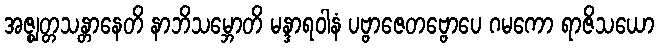
အဇ္ဈတ္တသန္တာနေတိ နာဘိသမ္ဘောတိ မန္ဒာရဝါနံ ပဗ္ဗာဇေတဗ္ဗောပေ ဂမကော ရာဇိသယော